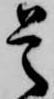
是